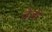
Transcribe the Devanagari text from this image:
ते़ज़ी